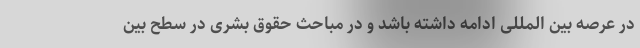
در عرصه بین المللی ادامه داشته باشد و در مباحث حقوق بشری در سطح بین